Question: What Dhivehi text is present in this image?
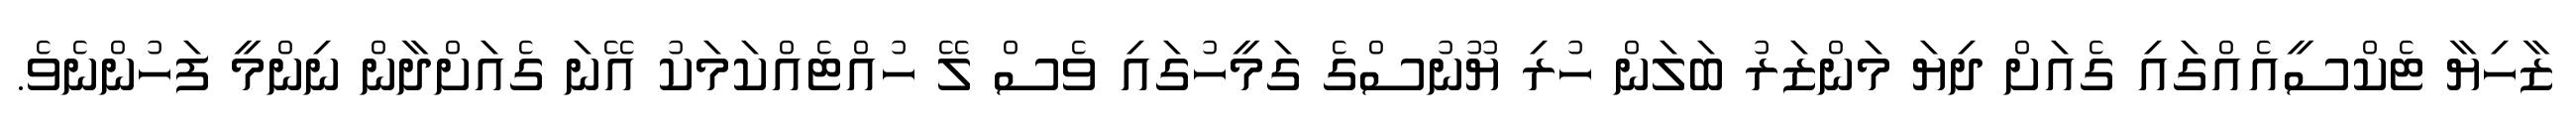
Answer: ޒާހިޔާ ޓެކްސީއެއްގައި ގެއަށް ދިޔަ މަންޒަރު ބަލަން ހުރި ޔޫނުސްގެ ގަމީހުގައި ވެސް ލޭ ހުއްޓެއްކަމަކު އޭނަ ގެއަށްދާން ނިންމީ ފަހުންނެވެ.